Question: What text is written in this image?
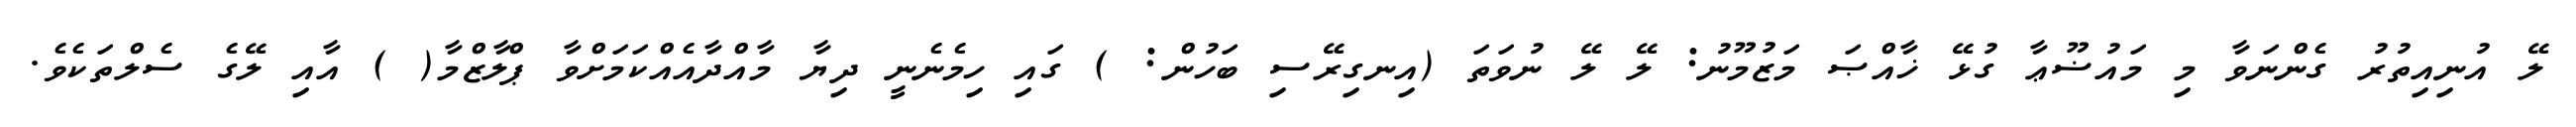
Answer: ލޭ އުނިއިތުރު ގެންނަވާ މި މައުޟޫޢާ ގުޅޭ ޚާއްޞަ މަޒުމޫނު: ލޭ ލޭ ނުވަތަ (އިނގިރޭސި ބަހުން: ) ގައި ހިމެނެނީ ދިޔާ މާއްދާއެއްކަމަށްވާ ޕްލާޒްމާ( ) އާއި ލޭގެ ސެލްތަކެވެ.